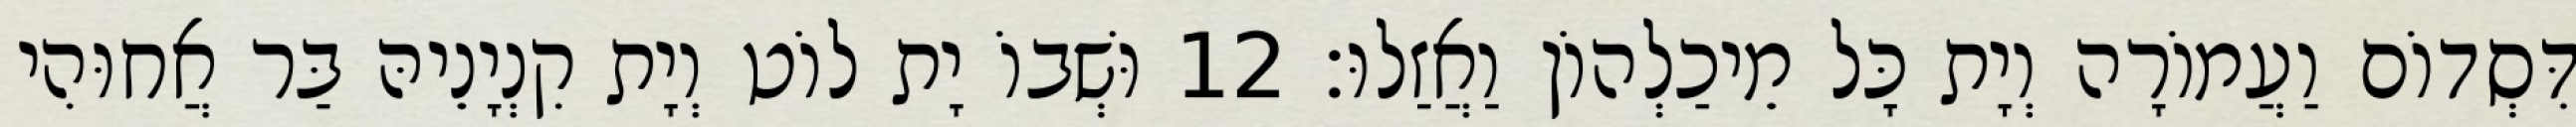
דִּסְדוֹם וַעֲמוֹרָה וְיָת כָּל מֵיכַלְהוֹן וַאֲזַלוּ׃ 12 וּשְׁבוֹ יָת לוֹט וְיָת קִנְיָנֵיהּ בַּר אֲחוּהִי